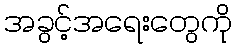
အခွင့်အရေးတွေကို